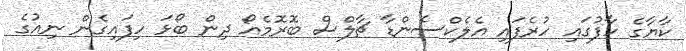
ކާޔާގެ ހާފުގައި ހުރެފައި އެލެކްސެންޑާ ޗާލްސް ބޮރޮމެއޯ ދިން ބޯޅަ ހިފައިގެން ނިއުގެ